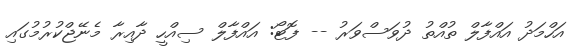
އަހްމަދު އައްފާލް ތުއްތު ދުވަސްވަރު -- ފޮޓޯ: އައްފާލް ސިއްހީ ދާއިރާ މެނޭޖްކުރުމުގައި